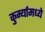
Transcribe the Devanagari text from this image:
कुर्म्यामध्ये